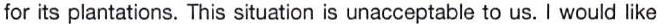
for its plantations. This situation is unacceptable to us. I would like